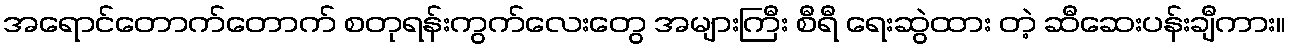
အရောင်တောက်တောက် စတုရန်းကွက်လေးတွေ အများကြီး စီရီ ရေးဆွဲထား တဲ့ ဆီဆေးပန်းချီကား။